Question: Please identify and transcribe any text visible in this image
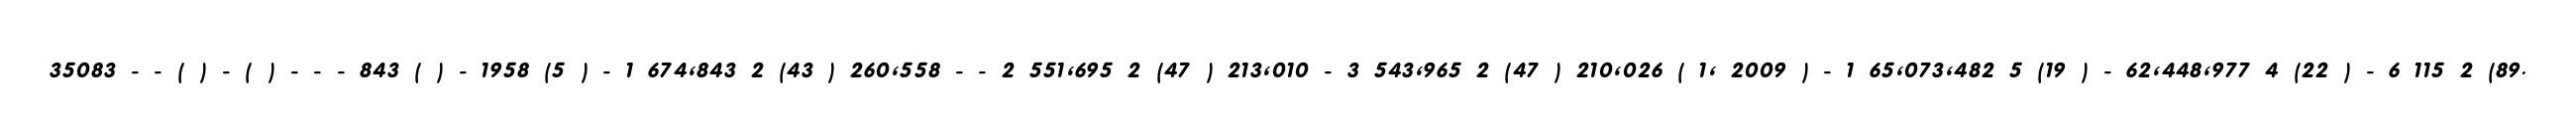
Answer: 35083 - - ( ) - ( ) - - - 843 ( ) - 1958 (5 ) - 1 674,843 2 (43 ) 260,558 - - 2 551,695 2 (47 ) 213,010 - 3 543,965 2 (47 ) 210,026 ( 1, 2009 ) - 1 65,073,482 5 (19 ) - 62,448,977 4 (22 ) - 6 115 2 (89.